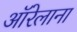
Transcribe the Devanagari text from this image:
ऑरेलाना